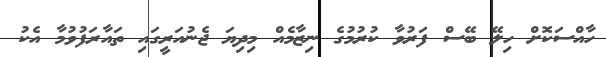
ހާއްސަކޮށް ހިލޭ ބޭސް ފަރުވާ ކުރުމުގެ ނިޒާމެއް މިދިޔަ ޖެނުއަރީގައި ތައާރަފުވުމާ އެކު